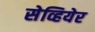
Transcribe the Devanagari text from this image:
सेव्हियेर